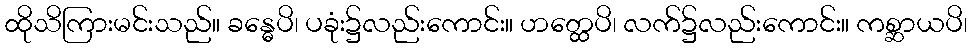
ထိုသိကြားမင်းသည်။ ခန္ဓေပိ၊ ပခုံး၌လည်းကောင်း။ ဟတ္ထေပိ၊ လက်၌လည်းကောင်း။ ကစ္ဆာယပိ၊